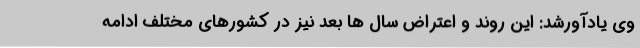
وی یادآورشد: این روند و اعتراض سال ها بعد نیز در کشورهای مختلف ادامه